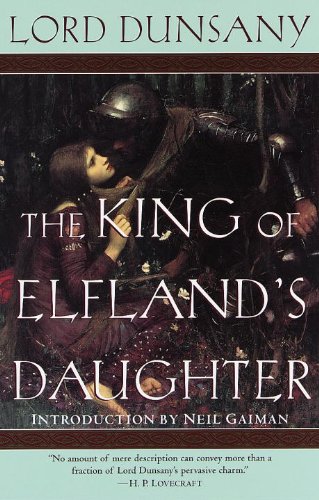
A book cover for The King of Elfland's Daughter (Del Rey Impact); Lord Dunsany; Science Fiction & Fantasy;